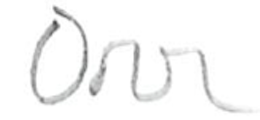
Text: Orr
Cross-out: clean
Writing tool: pencil